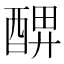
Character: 𨡟